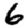
Digit: 6